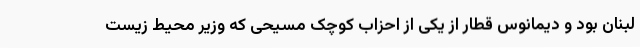
لبنان بود و دیمانوس قطار از یکی از احزاب کوچک مسیحی که وزیر محیط زیست